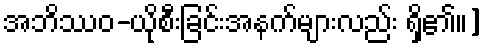
အဘိဿဝ-ယိုစီးခြင်းအနက်များလည်း ရှိ၏။]